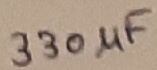
Text: 330µF